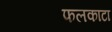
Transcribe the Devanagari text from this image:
फलकाटा